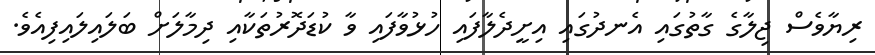
ރިޔާވެސް ޖިލާގެ ގާތުގައި އެނދުގައި އިށީދެލާފައި ހުޅުވާފައި ވާ ކުޑަދޮރުތަކާއި ދިމާލަށް ބަލައިލައިފިއެވެ.